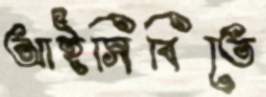
আইসিবিতে